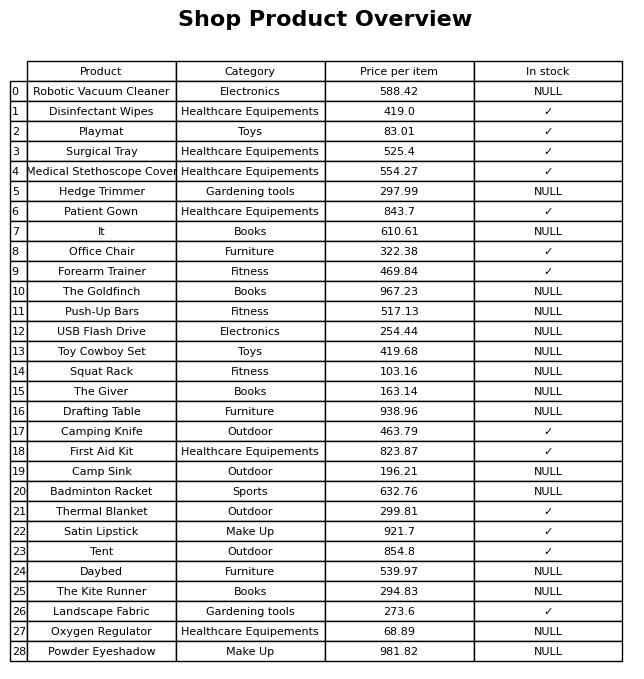
question: Is the Patient Gown in stock?
answer: ✓